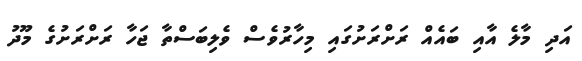
އަދި މާލެ އާއި ބައެއް ރަށްރަށުގައި މިހާރުވެސް ވެލިބަސްތާ ޖަހާ ރަށްރަށުގެ މޫދު